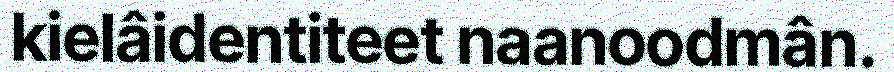
kielâidentiteet naanoodmân.